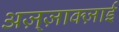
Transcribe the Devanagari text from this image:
अज़्ज़ाक्ज़ाई